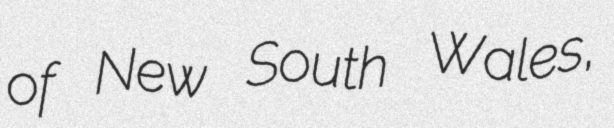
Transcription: of New South Wales,